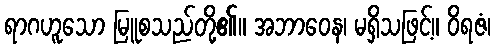
ရာဂဟူသော မြူစသည်တို့၏။ အဘာဝေန၊ မရှိသဖြင့်။ ဝိရဇံ၊